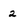
Character: 2